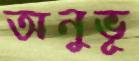
অনুভূ